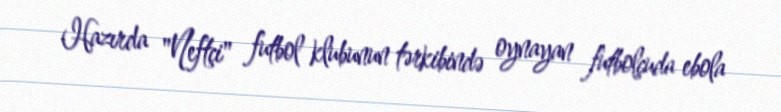
Hazırda "Neftçi" futbol klubunun tərkibində oynayan futbolçuda ebola